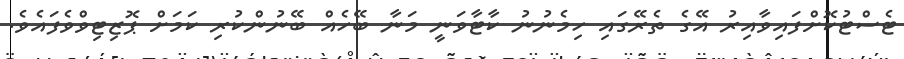
ޓެސްޓުކޮށްފައިވާއިރު އޭގެ ތެރޭގައި ހިމެނުނު ކާޓާވަނީ މަނާ ބޭހެއް ބޭނުންކުރި ކަމަށް ޕޮޒިޓިވްވެފައެވެ.